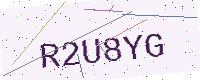
Text: R2U8YG